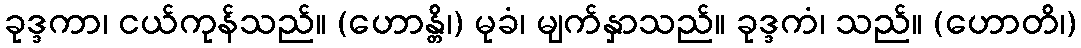
ခုဒ္ဒကာ၊ ငယ်ကုန်သည်။ (ဟောန္တိ၊) မုခံ၊ မျက်နှာသည်။ ခုဒ္ဒကံ၊ သည်။ (ဟောတိ၊)